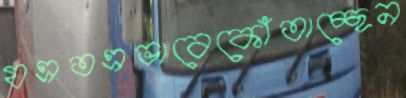
যত্রতত্রভাবেকোঁতাচ্ছেন